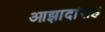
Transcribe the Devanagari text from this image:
आझादांसह